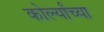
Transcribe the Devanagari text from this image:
कोर्ल्यांच्या